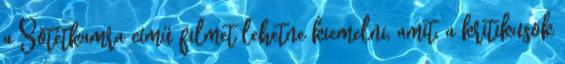
a Sötétkamra című filmet lehetne kiemelni, amit, a kritikusok